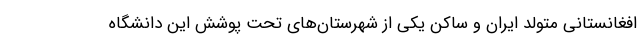
افغانستانی متولد ایران و ساکن یکی از شهرستان‌های تحت پوشش این دانشگاه